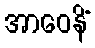
အာဝေနိံ